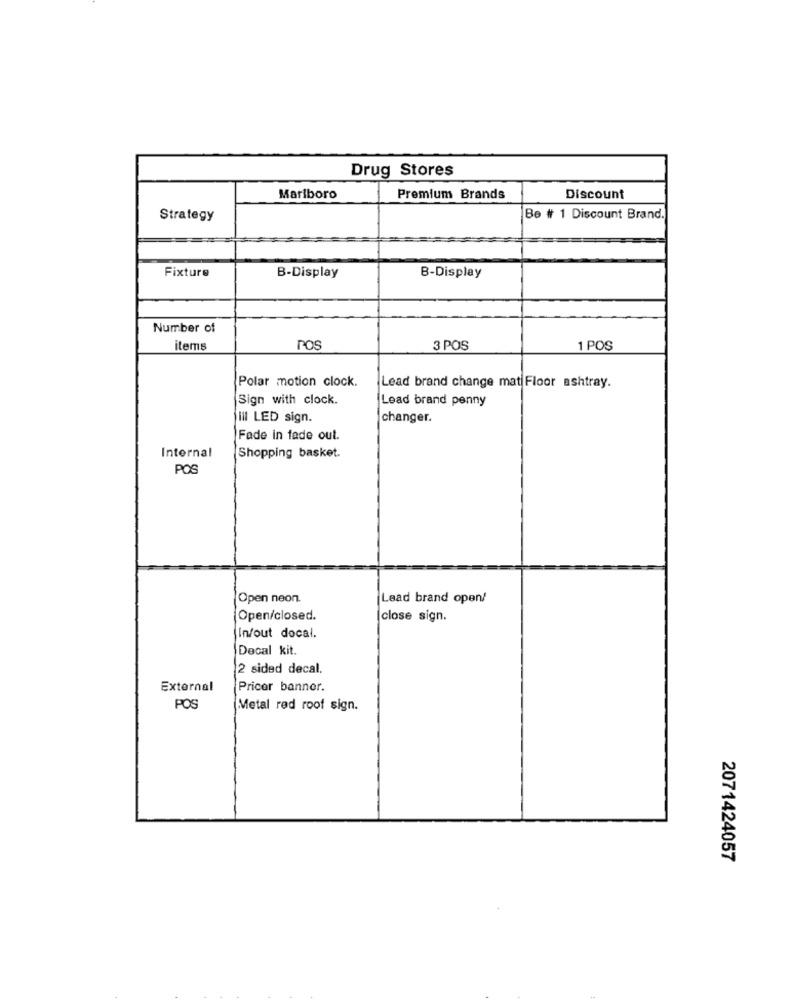
Drug Stores
Marlboro
Premium Brands
Discount
Strategy
Be # 1 Discount Brand.
Fixture
B-Display
B-Display
Number of
items
POS
3 POS
1 POS
Polar motion clock.
Lead brand change mat Floor ashtray.
Sign with clock.
Lead brand penny
Ill LED sign.
changer.
Fade in fade out.
Internal
Shopping basket.
POS
Open neon.
Lead brand open/
Open/closed.
close sign.
In/out docal.
Decal kit.
2 sided decal.
External
Pricer banner.
POS
Metal red roof sign.
2071424057